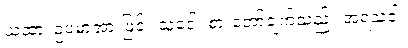
ယထာ၊ ဥပမာအားဖြင့်။ သူဒေါ၊ စားတော်ချက်သည်။ အရသံဝါ၊